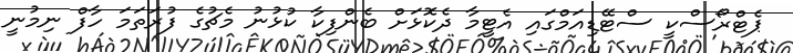
ޕެޓްރޯސްކީ ސްޓޭޑިއަމްްގައި އެޓީމާ ދެކޮޅަށް ބެންފިކާ ކުޅުނު މެޗުގެ ފުރަތަމަ ހާފް ނިމުނީ